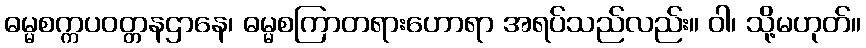
ဓမ္မစက္ကပဝတ္တနဌာနေ၊ ဓမ္မစကြာတရားဟောရာ အရပ်သည်လည်း။ ဝါ၊ သို့မဟုတ်။